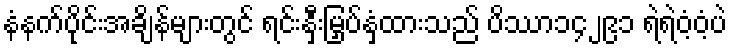
နံနက်ပိုင်းအချိန်များတွင် ရင်းနှီးမြှပ်နှံထားသည် ပိဿာ၁၄၂၉၁ ရဲရဲဝံ့ဝံ့ပဲ